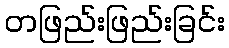
တဖြည်းဖြည်းခြင်း